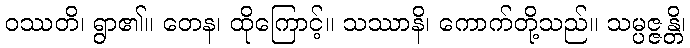
ဝဿတိ၊ ရွာ၏။ တေန၊ ထိုကြောင့်။ သဿာနိ၊ ကောက်တို့သည်။ သမ္ပဇ္ဇန္တိ၊